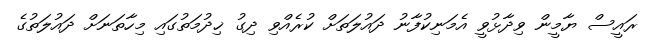
ރައީސް ޔާމީން ވިދާޅުވީ އެމަނިކުފާނު ދައުލަތަށް ކުރެއްވި ދިގު ޚިދުމަތުގައި މިހާތަނަށް ދައުލަތުގެ